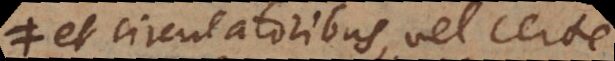
et circulatoribus, vel certe